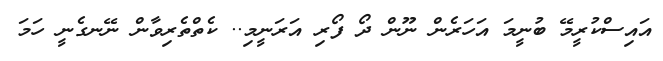
އައިސްކުރީމޭ ބުނީމަ އަހަރެން ނޫން ދޯ ފޯރި އަރަނީމި.. ކެތްތެރިވާން ނޭނގެނީ ހަމަ